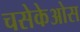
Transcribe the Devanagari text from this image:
चसेकेओस